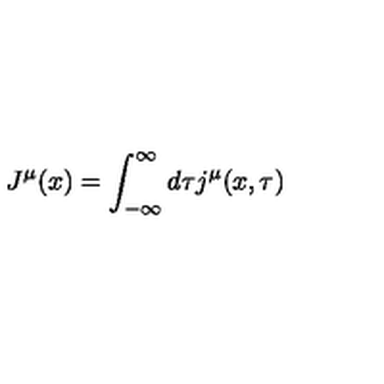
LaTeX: J ^ { \mu } ( x ) = \int _ { - \infty } ^ { \infty } d \tau j ^ { \mu } ( x , \tau )